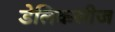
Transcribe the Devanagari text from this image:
डेलिकसीज